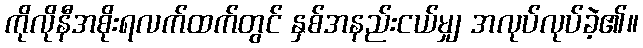
ကိုလိုနီအစိုးရလက်ထက်တွင် နှစ်အနည်းငယ်မျှ အလုပ်လုပ်ခဲ့၏။